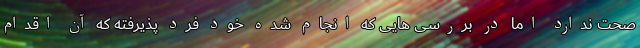
صحت ندارد اما در بررسی هایی که انجام شده خود فرد پذیرفته که آن اقدام